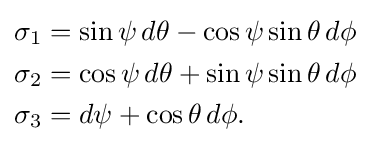
{\begin{aligned}\sigma _{1}&=\sin \psi \,d\theta -\cos \psi \sin \theta \,d\phi \\\sigma _{2}&=\cos \psi \,d\theta +\sin \psi \sin \theta \,d\phi \\\sigma _{3}&=d\psi +\cos \theta \,d\phi .\\\end{aligned}}